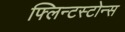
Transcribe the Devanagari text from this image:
फ्लिन्टस्टोन्स